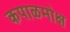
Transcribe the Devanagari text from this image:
कपाळमोक्ष